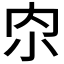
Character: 𫴹